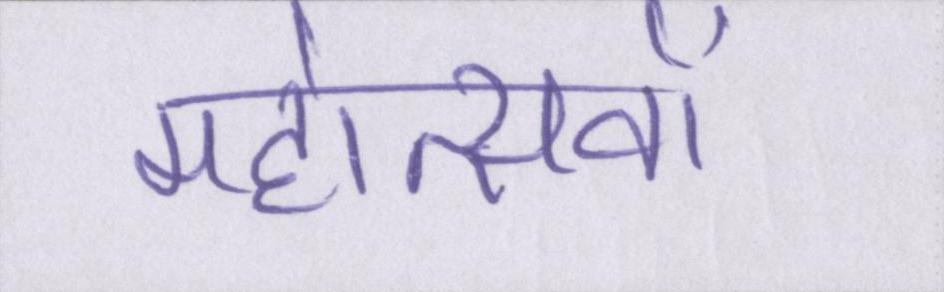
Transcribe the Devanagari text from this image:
महोत्सवों